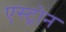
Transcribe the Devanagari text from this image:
एस्ट्रोन